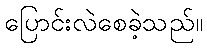
ပြောင်းလဲစေခဲ့သည်။